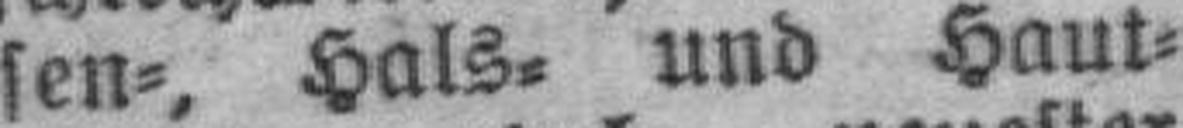
sen=, Hals= und Haut¬